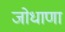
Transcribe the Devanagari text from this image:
जोधाणा